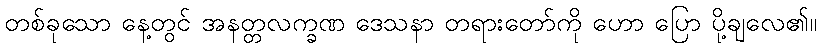
တစ်ခုသော နေ့တွင် အနတ္တလက္ခဏ ဒေသနာ တရားတော်ကို ဟော ပြော ပို့ချလေ၏။